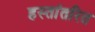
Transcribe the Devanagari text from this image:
हस्‍तांतरित